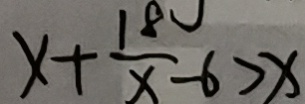
x + \frac { 1 8 } { x } - 6 > x